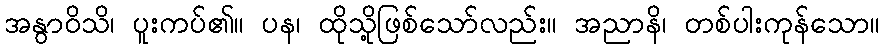
အနွာဝိသိ၊ ပူးကပ်၏။ ပန၊ ထိုသို့ဖြစ်သော်လည်း။ အညာနိ၊ တစ်ပါးကုန်သော။